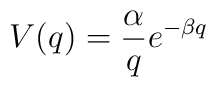
V(q)=\frac{\alpha}{q} e^{-\beta q}